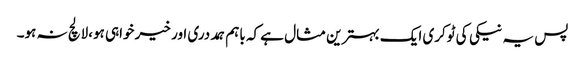
پس یہ نیکی کی ٹوکری ایک بہترین مثال ہے کہ باہم ہمددری اور خیر خواہی ہو،لالچ نہ ہو۔